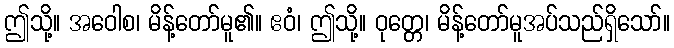
ဤသို့။ အဝေါစ၊ မိန့်တော်မူ၏။ ဧဝံ၊ ဤသို့။ ဝုတ္တေ၊ မိန့်တော်မူအပ်သည်ရှိသော်။